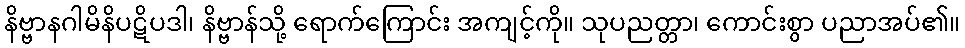
နိဗ္ဗာနဂါမိနိပဋိပဒါ၊ နိဗ္ဗာန်သို့ ရောက်ကြောင်း အကျင့်ကို။ သုပညတ္တာ၊ ကောင်းစွာ ပညာအပ်၏။